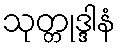
သုတ္တုဒ္ဒါနံ